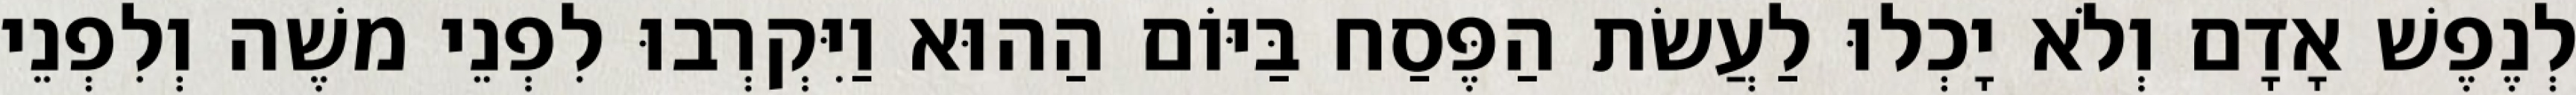
לְנֶפֶשׁ אָדָם וְלֹא יָכְלוּ לַעֲשׂת הַפֶּסַח בַּיּוֹם הַהוּא וַיִּקְרְבוּ לִפְנֵי משֶׁה וְלִפְנֵי